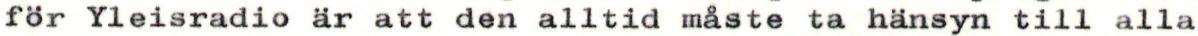
för Yleisradio är att den alltid måste ta hänsyn till alla